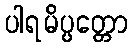
ပါရမိပ္ပတ္တော